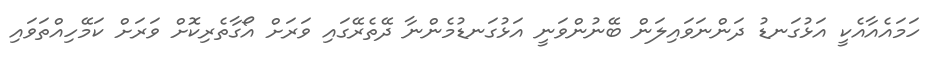
ހަމައެއާއެކީ އަޅުގަނޑު ދަންނަވައިލަން ބޭނުންވަނީ އަޅުގަނޑުމެންނާ ދޭތެރޭގައި ވަރަށް އޯގާތެރިކޮށް ވަރަށް ކަމޭހިއްތަވައި